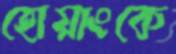
হোয়াংকে